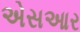
એસઆર